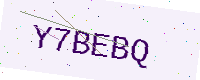
Text: Y7BEBQ